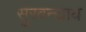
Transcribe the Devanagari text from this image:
सुरवन्द्याय